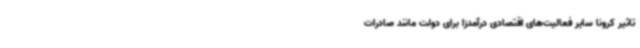
تاثیر کرونا سایر فعالیت‌های اقتصادی درآمدزا برای دولت مانند صادرات